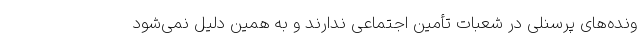
ونده‌های پرسنلی در شعبات تأمین اجتماعی ندارند و به همین دلیل نمی‌شود